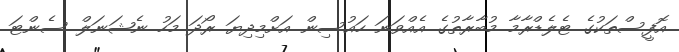
އޮފީސްތަކުގެ ޓެލެޑްރާމާ މުބާރާތުގެ އެއްވަނަ ހައުސިން އަށްމިދިޔަ ރޯދަ މަހު ނެޝަނަލް ސެންޓަ